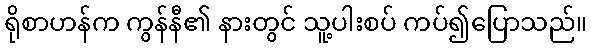
ရိုစာဟန်က ကွန်နီ၏ နားတွင် သူ့ပါးစပ် ကပ်၍ပြောသည်။